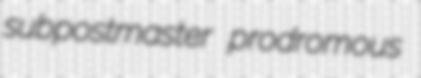
subpostmaster prodromous